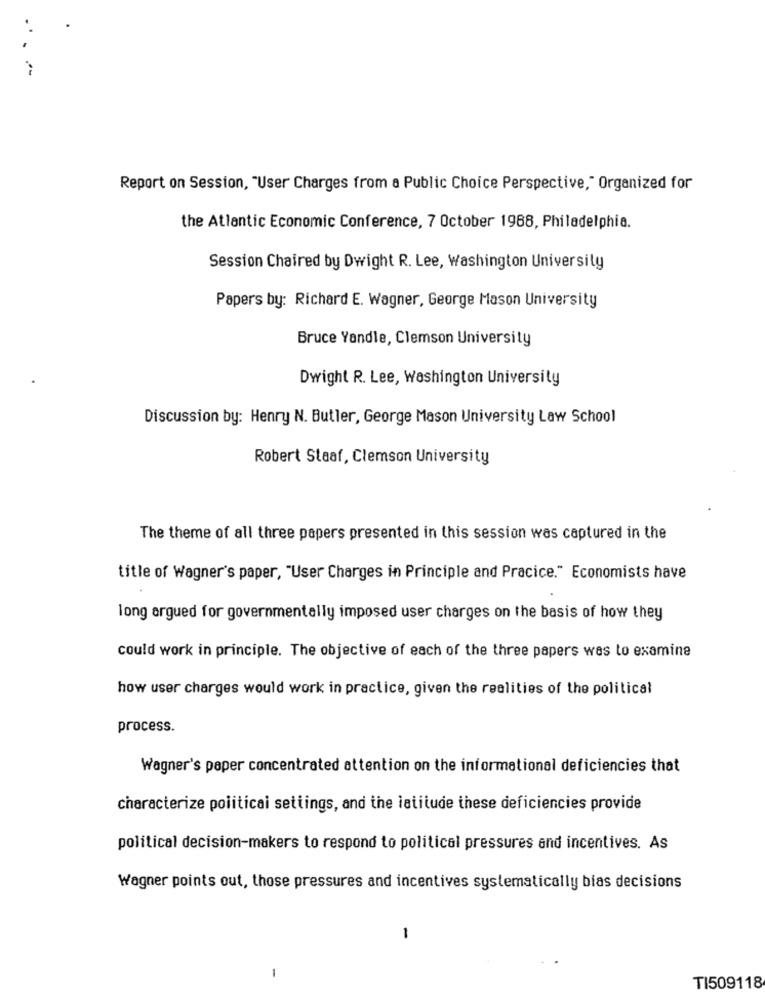
Report on Session, "User Charges from a Public Choice Perspective," Organized for
the Atlantic Economic Conference, 7 October 1988, Philadelphia.
Session Chaired by Dwight R. Lee, Washington University
Papers by: Richard E. Wagner, George Mason University
Bruce Yandle, Clemson University
Dwight R. Lee, Washington University
Discussion by: Henry N. Butler, George Mason University Law School
Robert Staaf, Clemson University
The theme of all three papers presented in this session was captured in the
title of Wagner's paper, "User Charges in Principle and Pracice." Economists have
long argued for governmentally imposed user charges on the basis of how they
could work in principle. The objective of each of the three papers was to examine
how user charges would work in practice, given the realities of the political
process.
Wagner's paper concentrated attention on the informational deficiencies that
characterize politicai settings, and the latitude these deficiencies provide
political decision-makers to respond to political pressures and incentives. As
Wagner points out, those pressures and incentives systematically bias decisions
1
1
TI509118